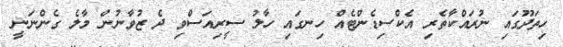
ހިތަދޫގައި ނުރައްކާތެރި އެކްސިޑެންޓެއް ހިނގައި ހާލު ސީރިއަސްވި ދެ ޒުވާނުން މާލެ ގެންނަނީ